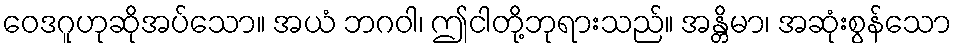
ဝေဒဂူဟုဆိုအပ်သော။ အယံ ဘဂဝါ၊ ဤငါတို့ဘုရားသည်။ အန္တိမာ၊ အဆုံးစွန်သော